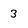
Character: 3